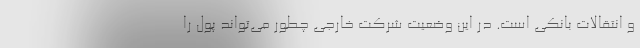
و انتقالات بانکی است. در این وضعیت شرکت خارجی چطور می‌تواند پول را